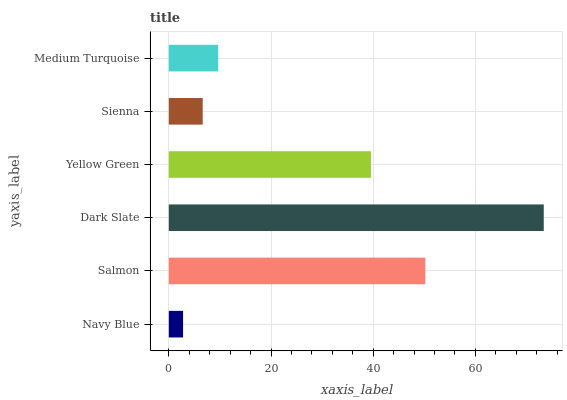
| yaxis_label | bars |
 | --- | --- |
 | Navy Blue | 2.79 |
 | Salmon | 50.2 |
 | Dark Slate | 73.4 |
 | Yellow Green | 39.6 |
 | Sienna | 6.63 |
 | Medium Turquoise | 9.66 |